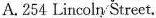
A.254Lincoln Street.